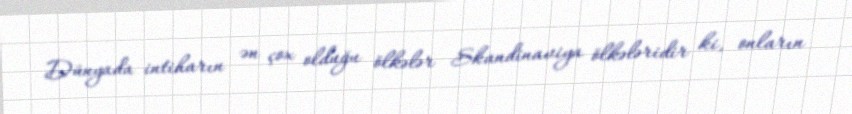
Dünyada intiharın ən çox olduğu ölkələr Skandinaviya ölkələridir ki, onların